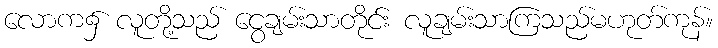
လောက၌ လူတို့သည် ငွေချမ်းသာတိုင်း လူချမ်းသာကြသည်မဟုတ်ကုန်။